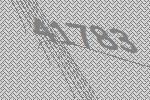
41783